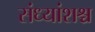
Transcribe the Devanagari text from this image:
संध्यांशश्च